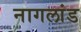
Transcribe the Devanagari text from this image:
नागलांड